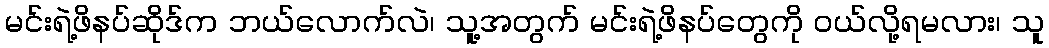
မင်းရဲ့ဖိနပ်ဆိုဒ်က ဘယ်လောက်လဲ၊ သူ့အတွက် မင်းရဲ့ဖိနပ်တွေကို ဝယ်လို့ရမလား၊ သူ